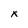
Character: x